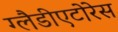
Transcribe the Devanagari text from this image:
ग्लैडीएटोरेस